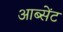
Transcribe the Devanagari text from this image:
आब्सेंट